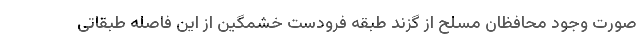
صورت وجود محافظان مسلح از گزند طبقه فرودست خشمگین از این فاصله طبقاتی